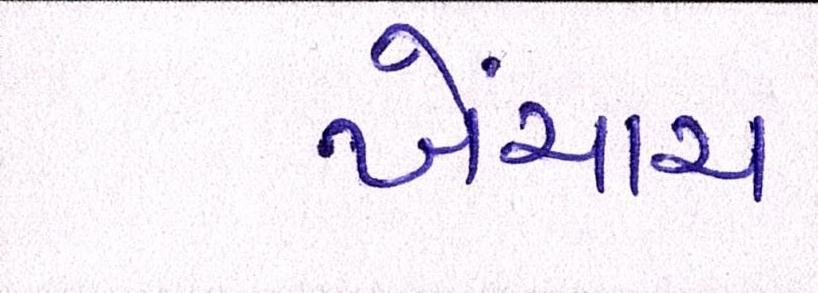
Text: ખેંચાય